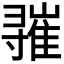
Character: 𪧾